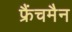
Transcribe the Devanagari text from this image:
फ्रैंचमैन